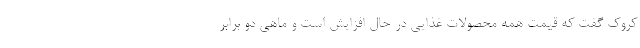
کروک گفت که قیمت‌ همه محصولات غذایی در حال افزایش است و ماهی دو برابر